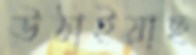
উঠাইয়াছ